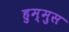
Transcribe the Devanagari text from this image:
हुम्मुस